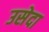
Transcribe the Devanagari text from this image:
उसेदा